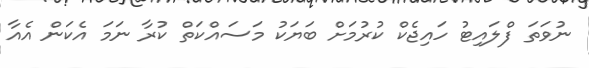
ނުވަތަ ފްލައިޓު ހައިޖެކް ކުރުމަށް ބަޔަކު މަސައްކަތް ކުރާ ނަމަ އެކަން އެއާ